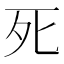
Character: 死